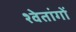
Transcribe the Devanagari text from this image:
श्वेतांगों